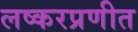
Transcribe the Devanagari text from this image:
लष्करप्रणीत